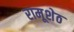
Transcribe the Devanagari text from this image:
रामूशेठ